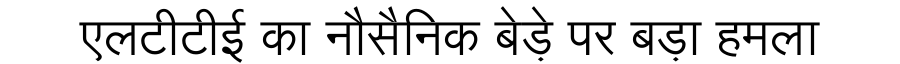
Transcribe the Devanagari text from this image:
एलटीटीई का नौसैनिक बेड़े पर बड़ा हमला